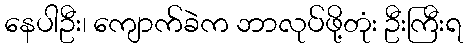
နေပါဦး၊ ကျောက်ခဲက ဘာလုပ်ဖို့တုံး ဦးကြီးရ